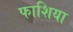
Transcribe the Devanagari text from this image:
फाशिया